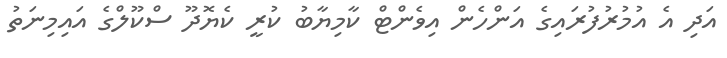
އަދި އެ އުމުރުފުރައިގެ އަންހެން އިވެންޓް ކާމިޔާބު ކުރީ ކެޔޮދޫ ސްކޫލްގެ އައިމިނަތު